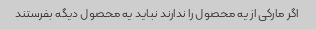
اگر مارکی از یه محصول را ندارند نباید یه محصول دیگه بفرستند